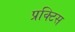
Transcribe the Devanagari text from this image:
प्रक्‍टिस